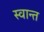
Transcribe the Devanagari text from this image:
स्वान्त